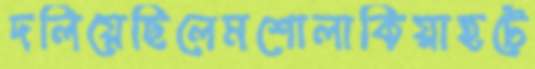
দলিয়েছিলেমশোলাকিয়াহটে